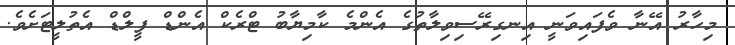
މިހާރު އޭނާ ވެފައިވަނީ އިނގިރޭސިވިލާތުގެ އެންމެ ކާމިޔާބު ޓްރެކް އެންޑް ފީލްޑް އެތުލީޓަށެވެ.